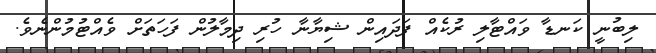
ލިބުނީ ކަނޑާ ވައްޓާލި ރުކެއް ފަދައިން ޝިޔާނާ ހުރި ދިމާލުން ފަހަތަށް ވެއްޓުމުންނެވެ.